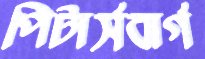
পিটার্সবার্গ